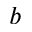
b